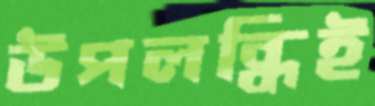
উপলব্ধিই